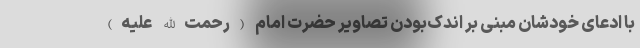
با ادعای خودشان مبنی بر اندک‌بودن تصاویر حضرت امام (رحمت‌الله علیه)